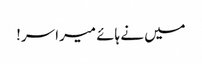
میں نے ہائے میرا سر!